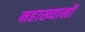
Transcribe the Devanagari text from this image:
महाख्यानों